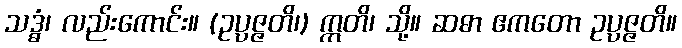
သဒ္ဓံ၊ လည်းကောင်း။ (ဥပ္ပဇ္ဇတိ၊) ဣတိ၊ သို့။ ဆဓာ ဧကတော ဥပ္ပဇ္ဇတိ။